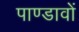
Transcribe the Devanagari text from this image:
पाण्डावों